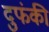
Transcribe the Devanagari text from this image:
दुफंकी